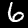
Label: 6